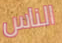
الناس